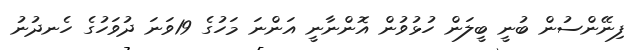
ފިނޭންސުން ބުނީ ބީލަން ހުޅުވުން އޮންނާނީ އަންނަ މަހުގެ 19ވަނަ ދުވަހުގެ ހެނދުނު